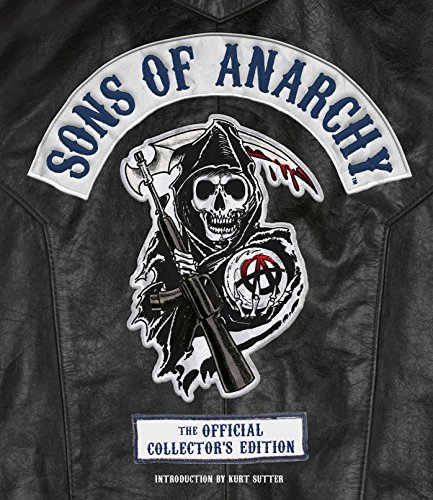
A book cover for Sons of Anarchy: The Official Collector's Edition; Tara Bennett; Humor & Entertainment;